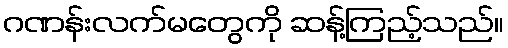
ဂဏန်းလက်မတွေကို ဆန့်ကြည့်သည်။